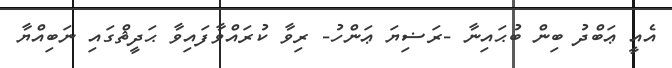
އެއީ ޢަބްދު ބިން ބުޙައިނާ -ރަޟިޔަ ޢަންހު- ރިވާ ކުރައްވާފައިވާ ޙަދީޘްގައި ނަބިއްޔާ